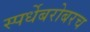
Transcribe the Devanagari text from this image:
स्पर्धेबरोबरच